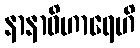
နာနာဝိဟာရေဟိ